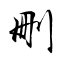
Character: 刪